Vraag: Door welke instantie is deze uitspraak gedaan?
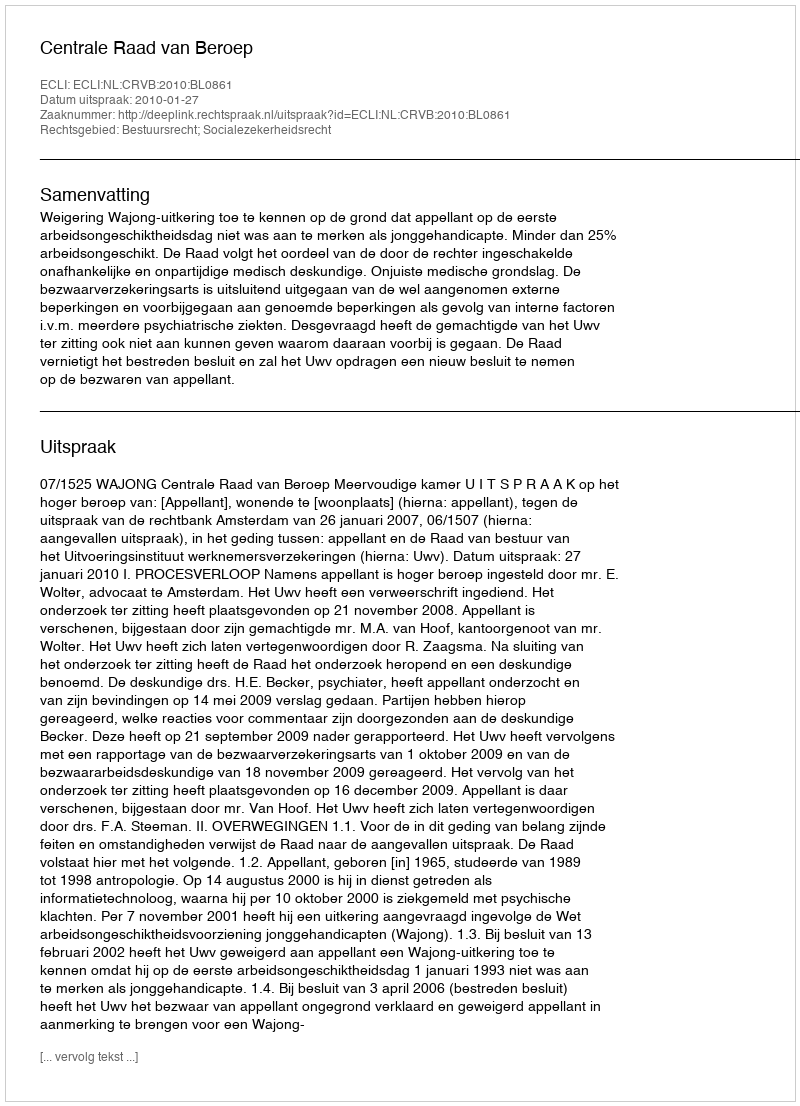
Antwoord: Centrale Raad van Beroep